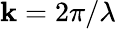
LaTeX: \mathbf{k}=2\pi/\lambda